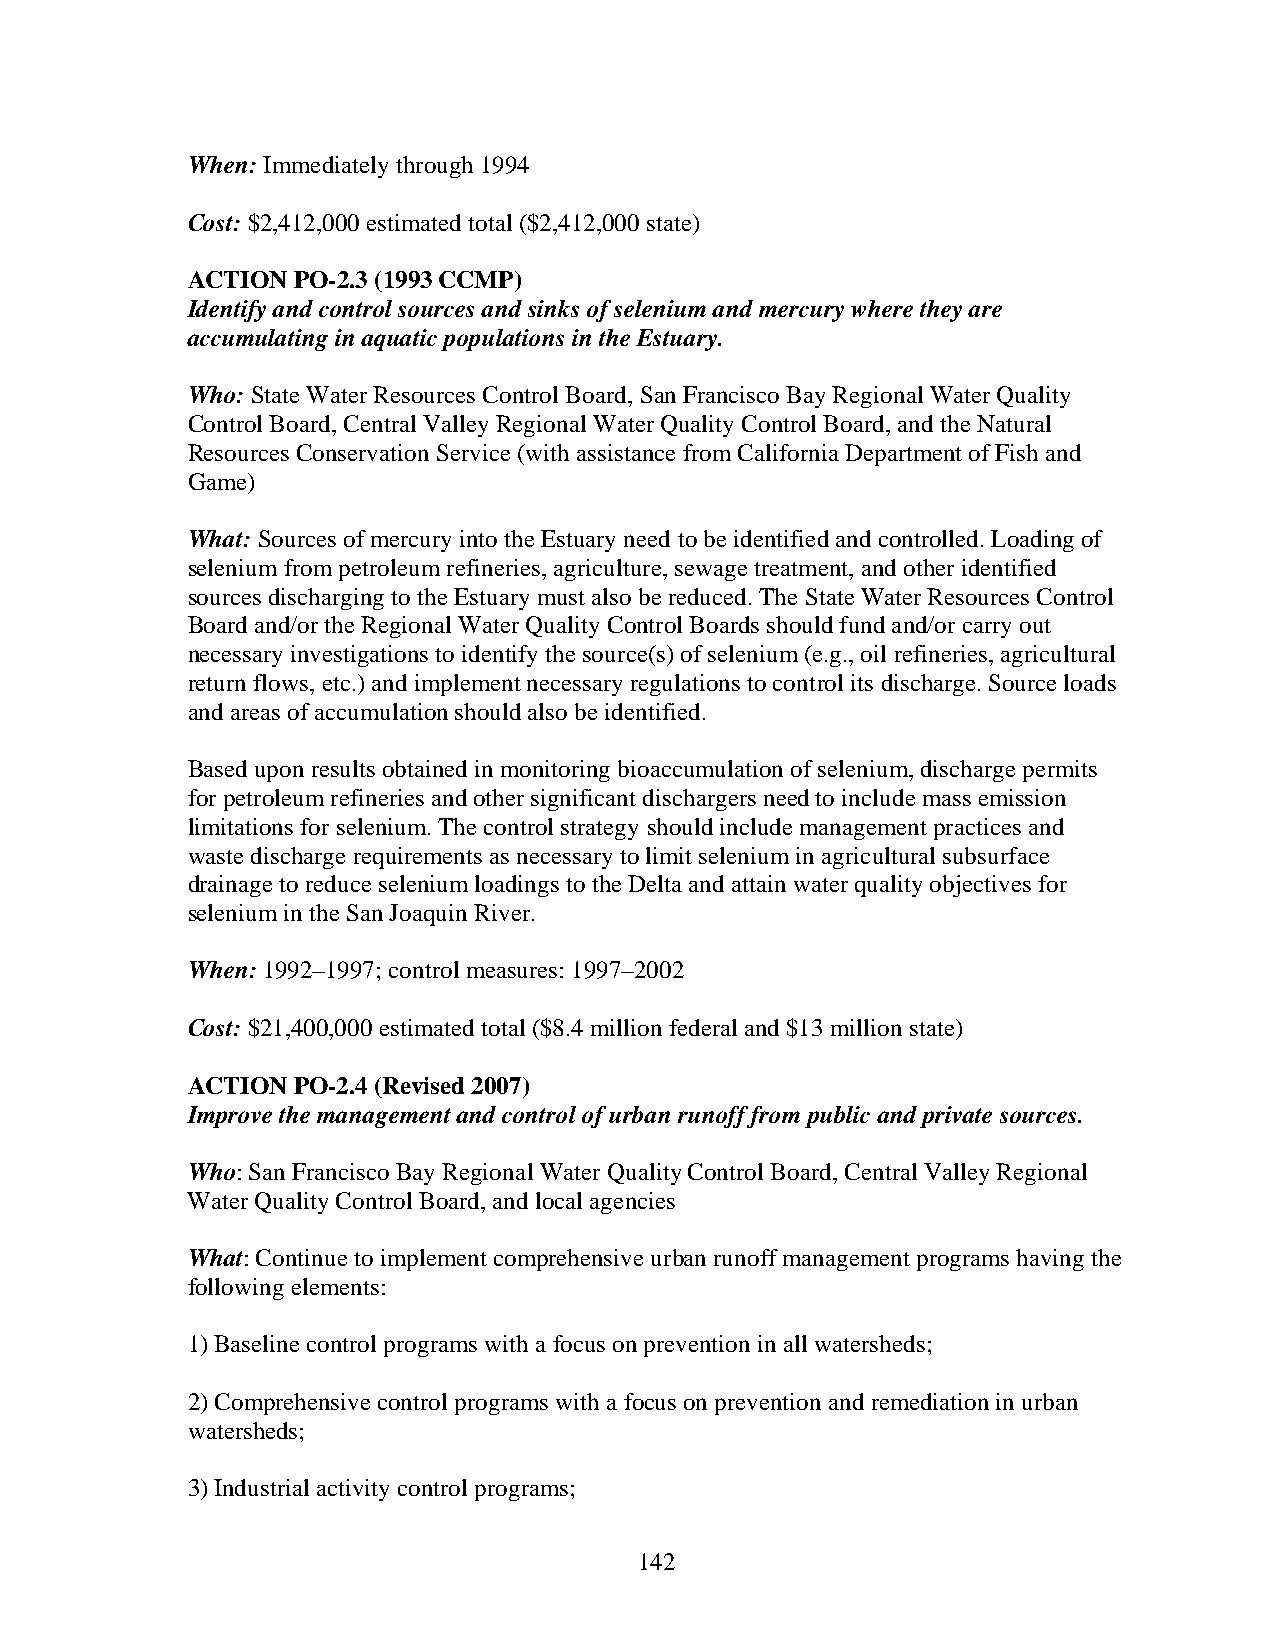
When: Immediately through 1994
 Cost: $2,412,000 estimated total ($2,412,000 state)
 ACTION PO-2.3 (1993 CCMP)
 Identify and control sources and sinks of selenium and mercury where they are
 accumulating in aquatic populations in the Estuary.
 Who: State Water Resources Control Board, San Francisco Bay Regional Water Quality
 Control Board, Central Valley Regional Water Quality Control Board, and the Natural
 Resources Conservation Service (with assistance from California Department of Fish and
 Game)
 What: Sources of mercury into the Estuary need to be identified and controlled. Loading of
 selenium from petroleum refineries, agriculture, sewage treatment, and other identified
 sources discharging to the Estuary must also be reduced. The State Water Resources Control
 Board and/or the Regional Water Quality Control Boards should fund and/or carry out
 necessary investigations to identify the source(s) of selenium (e.g., oil refineries, agricultural
 return flows, etc.) and implement necessary regulations to control its discharge. Source loads
 and areas of accumulation should also be identified.
 Based upon results obtained in monitoring bioaccumulation of selenium, discharge permits
 for petroleum refineries and other significant dischargers need to include mass emission
 limitations for selenium. The control strategy should include management practices and
 waste discharge requirements as necessary to limit selenium in agricultural subsurface
 drainage to reduce selenium loadings to the Delta and attain water quality objectives for
 selenium in the San Joaquin River.
 When: 1992–1997; control measures: 1997–2002
 Cost: $21,400,000 estimated total ($8.4 million federal and $13 million state)
 ACTION PO-2.4 (Revised 2007)
 Improve the management and control of urban runoff from public and private sources.
 Who: San Francisco Bay Regional Water Quality Control Board, Central Valley Regional
 Water Quality Control Board, and local agencies
 What: Continue to implement comprehensive urban runoff management programs having the
 following elements:
 1) Baseline control programs with a focus on prevention in all watersheds;
 2) Comprehensive control programs with a focus on prevention and remediation in urban
 watersheds;
 3) Industrial activity control programs;
 142